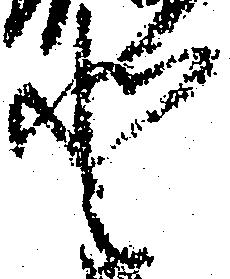
登